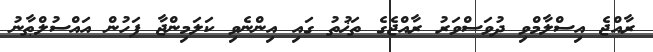
ރާއްޖެ އިސްލާމްވި ދުވަސްވަރު ރާއްޖެގެ ތަޚުތު ގައި އިންނެވި ކަލަމިންޖާ ފަހުން އައްސުލްޠާނު